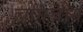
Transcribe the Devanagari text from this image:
चोंगचोन